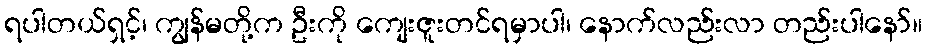
ရပါတယ်ရှင့်၊ ကျွန်မတို့က ဦးကို ကျေးဇူးတင်ရမှာပါ၊ နောက်လည်းလာ တည်းပါနော်။